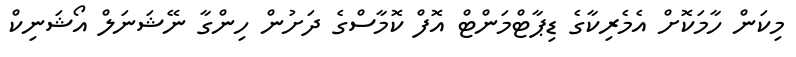
މިކަން ހާމަކޮށް އެމެރިކާގެ ޑިޕާޓްމަންޓް އޮފް ކޮމާސްގެ ދަށުން ހިންގާ ނޭޝަނަލް އޯޝަނިކް